Rangoon Lunatic Asylum 1893-1897 - 1893-1897
Year: 1893
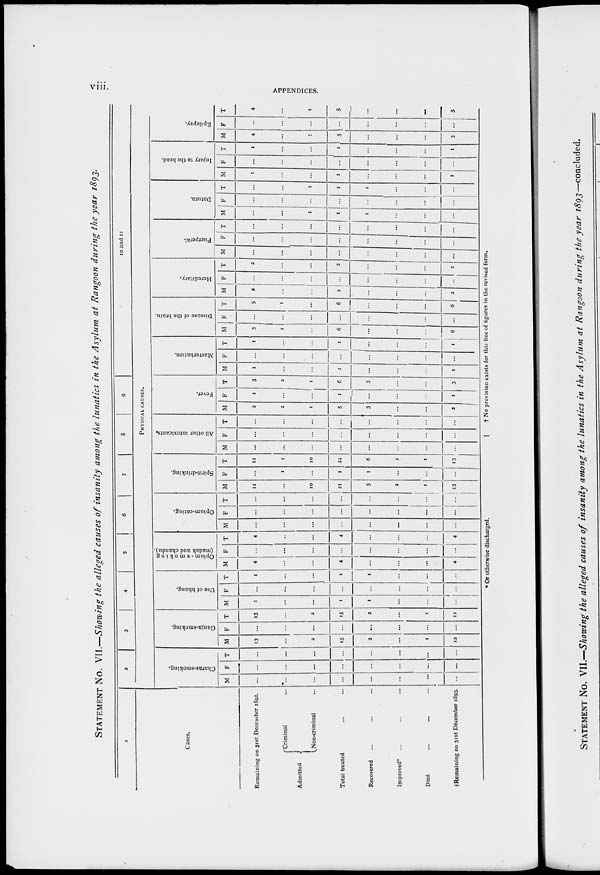
viii.
APPENDICES.
STATEMENT No. VII.—Showing the alleged causes of insanity among the lunatics in the Asylum at Rangoon during the year 1893.
1
Cases.
Remaining on 31st December 1892.
Admitted
Criminal ...
Non-criminal ...
Total treated ... ...
Recovered ... ... ...
Improved* ... ... ...
Died ... ... ...
†Remaining on 31st December 1893.
2
3
4
5
6
7
8
9
10 and 11
PHYSICAL CAUSES.
Charas-smoking.
M
...
...
...
...
...
...
...
...
F
...
...
...
...
...
...
...
...
T
...
...
...
...
...
...
...
...
Ganja-smoking.
M
13
...
2
15
2
...
1
12
F
...
...
...
...
...
...
...
...
T
13
...
2
15
2
...
1
12
Use of bhang.
M
1
...
...
1
1
...
...
...
F
...
...
...
...
...
...
...
...
T
1
...
...
1
1
...
...
...
Opium -smoking
(madak and chandu).
M
4
...
...
4
...
...
...
4
F
...
...
...
...
...
...
...
...
T
4
...
...
4
...
...
...
4
Opium-eating.
M
...
...
...
...
...
...
...
...
F
...
...
...
...
...
...
...
...
T
...
...
...
...
...
...
...
...
Spirit-drinking.
M
11
...
10
21
5
2
1
13
F
...
1
...
1
1
....
...
...
T
11
1
10
22
6
2
1
13
All other intoxicants.
M
...
...
...
...
...
...
...
...
F
...
...
...
...
...
...
...
...
T
...
...
...
...
...
...
...
...
Fever.
M
2
2
1
5
3
...
...
2
F
1
...
...
1
...
...
...
1
T
3
2
1
6
3
...
...
3
Masturbation.
M
1
...
...
1
...
...
...
1
F
...
...
...
...
...
...
...
...
T
1
...
...
1
...
...
...
1
Disease of the brain.
M
5
1
...
6
...
...
...
6
F
...
...
...
...
...
...
...
...
T
5
1
...
6
...
...
...
6
Hereditary.
M
2
...
...
2
...
...
...
2
F
...
...
...
...
...
...
...
1
T
2
...
...
2
...
...
...
2
Puerperal.
M
...
...
...
...
...
...
...
...
F
...
...
...
...
...
...
...
...
T
...
...
...
...
...
...
...
...
Datura.
M
...
...
1
1
1
...
...
...
F
...
...
...
...
...
...
...
...
T
...
...
1
1
1
...
...
...
Injury to the head.
M
1
...
...
1
...
...
...
1
F
...
...
...
...
...
...
...
...
T
1
...
...
1
...
...
...
1
Epilepsy.
M
4
...
1
5
...
...
...
5
F
...
...
...
...
...
...
...
...
T
4
...
1
5
...
...
...
5
* Or otherwise discharged.
† No provision exists for this line of figures in the revised form.